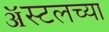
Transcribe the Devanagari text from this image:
ॲस्टलच्या